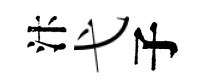
汴弋子